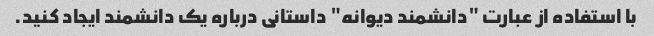
با استفاده از عبارت "دانشمند دیوانه" داستانی درباره یک دانشمند ایجاد کنید.